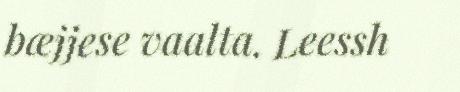
bæjjese vaalta. Leessh